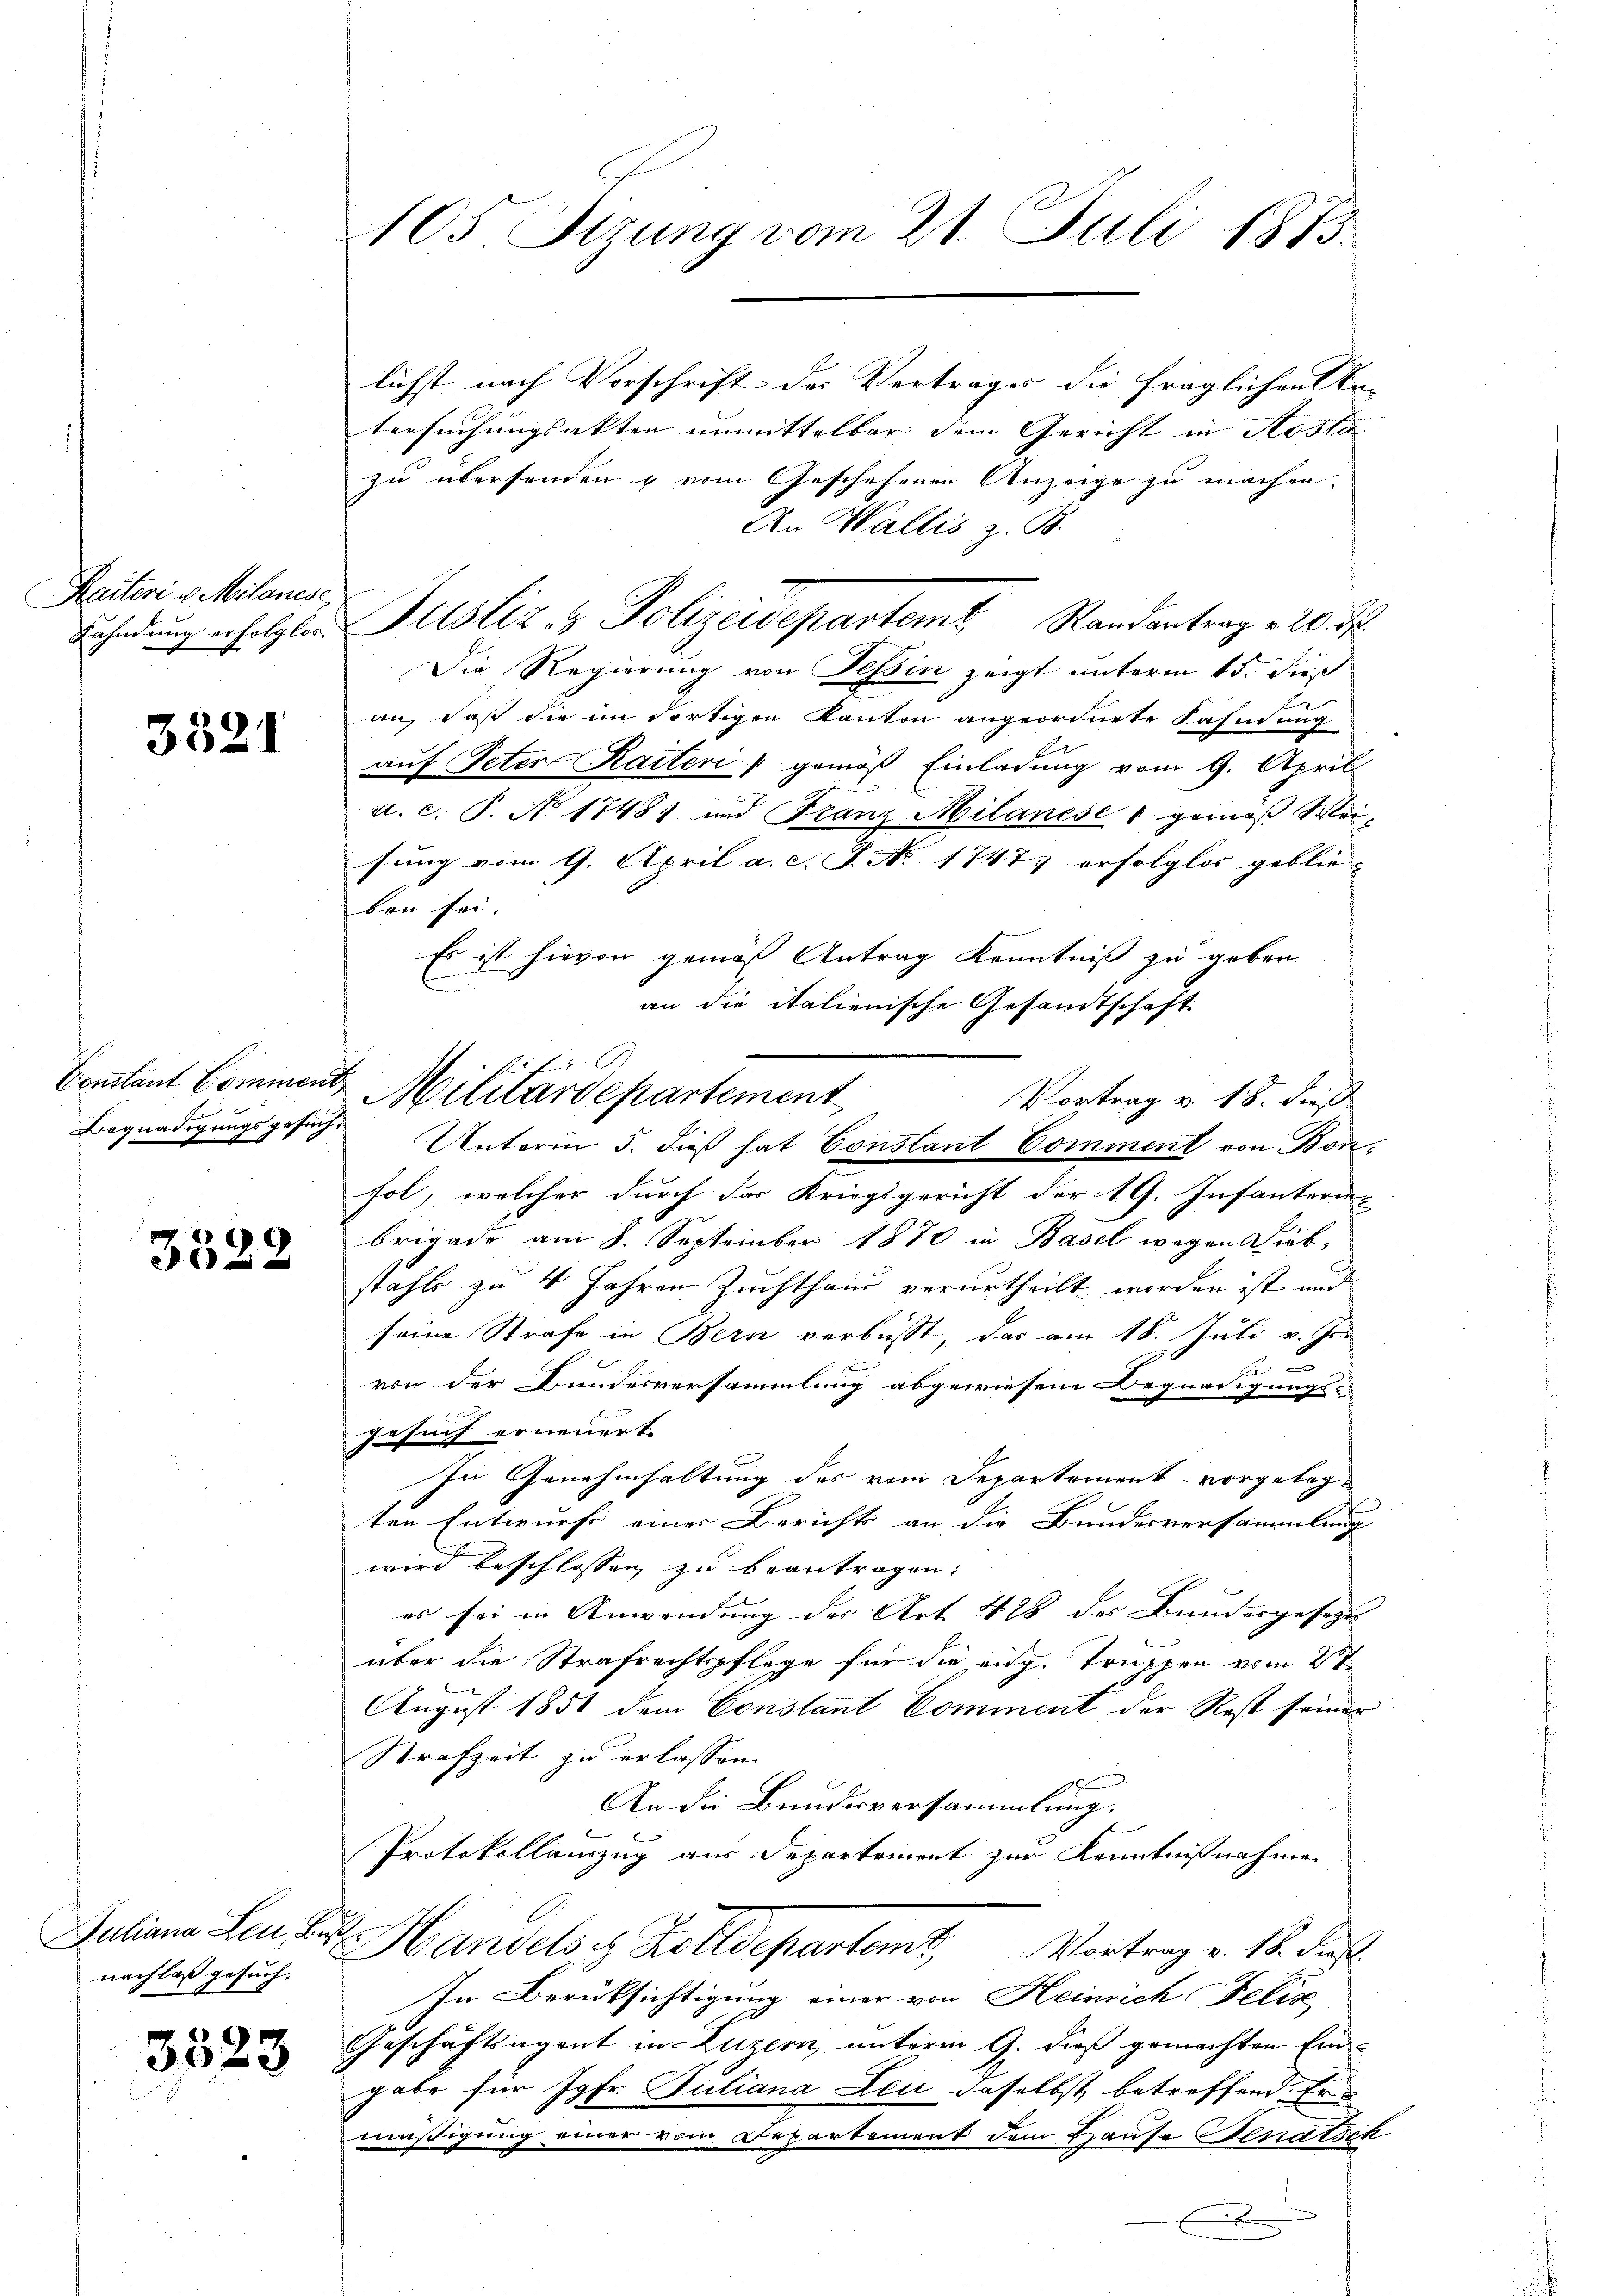
Raiteri u. Milanese
Fahndung erfolglos.

3321

Begnadigungsgesuch.

3522

Juliana Leu, Ber
nachlaß gesuch.

3523

105 Tizung vom 21. Juli 1873.

lichst nach Vorschrift des Vertrages die fraglichen An- |
tersuchungsakten unmittelbar dem Gericht in Aosta
zu übersenden & vom Geschehenen Anzeige zu machen.
An Wallis z. B.
Justiz- & Polizeidepartem Randantrag v. 20. d.
Die Regierung von Tessin zeigt unterm 15. dieß
an, daß die im dortigen Kanton angeordnete Fahmung
auf Peter Kauteri / gemäß Einladung vom 9. April
a. c. P. No 17481 und Franz-Milanese 1 gemäß Wei-
sung vom 9. April a. c. J. No 1747 erfolglos geblie- |
ben sei.
Es ist hievon gemäß Antrag Kenntniß zu geben.
n
an die italienische Gesandtschaft
Vortrag v. 18. dieß
fol, welcher durch der Kriegsgericht der 19. Infanterie-
brigade am 8. September 1870 in Basel wegen Dieb
stahle zu 4 Jahren Zuchthaus verurtheilt worden ist und
seine Strafe in Bern verbust, das am 18. Juli v. Js.

von der Bundesversammlung abgewiesene Begnadigungs-
6
gesuch erneuert.
In Genehmhaltung des vom Departement vorgelegten Entwurf einer Berichts an die Bundesversammlung
wird beschlossen zu beantragen.
es sei in Anwendung der Art. 428 des Bundesgesezt
aber die Strafrechtspflege für die eng. Truppen vom 2t
x
August 1851 dem Constant Comment der Rest seiner
Strafzeit zu erlassen.
1
An die Bundesversammlung.
Protokollauszug aus Departement zur Kenntnißnahme
Handels s. Zolldepartamt Vortrag v. 18. Jus
In Berüksichtigung einer von Heinrich Felix
Geschäftsagent in Luzern, unterm 9. dieß gemachten Ein-
gabe für Jgfr. Juliana Leu daselbst betreffend. Er
mäßigung einer vom Departement dem Hause Senatsch
E

f 0
Contant Comment Militärdepartement,
Unterm 5. dieß hat Constant Comment von Bon¬